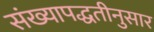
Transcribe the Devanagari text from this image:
संख्यापद्धतीनुसार